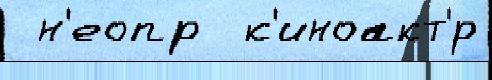
 н'еопр  к'иноакт'́р